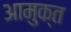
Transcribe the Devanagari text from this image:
आमुक्त